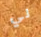
لي